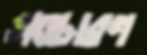
সঙ্চারণ